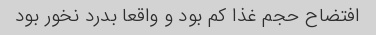
افتضاح حجم غذا کم بود و واقعا بدرد نخور بود